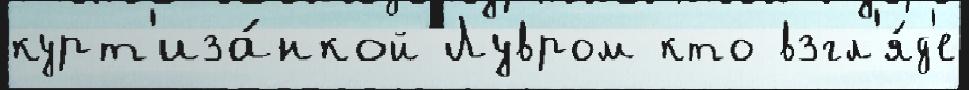
курт'иза́нкой Лувром кто взгл'я́д'е